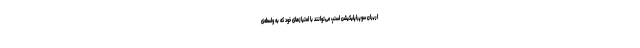
اربران سوپراپلیکیشن اسنپ می‌توانند با امتیازهای خود که به واسطه‌ی